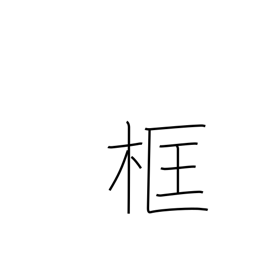
Meaning: framework